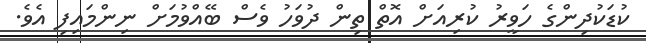
ކުޑަކުދިންގެ ހަވީރު ކުރިއަށް އޮތް ތިން ދުވަހު ވެސް ބޭއްވުމަށް ނިންމައިފި އެވެ.